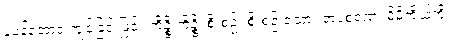
ပူပန်အောင် ကျင့်ခြင်းဖြင့်။ ကိဉ္စိ ကိဉ္စိ၊ စိုးစဉ်း စိုးစဉ်းသော။ တပစရဏံ၊ မိမိကိုယ်ကို